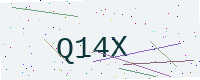
Text: Q14X